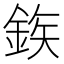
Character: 𮡽